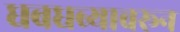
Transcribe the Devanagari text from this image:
धबधब्यावरून